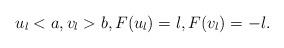
LaTeX: \begin{align*}u_l< a, v_l> b, F(u_l)=l, F(v_l)=-l.\end{align*}